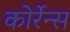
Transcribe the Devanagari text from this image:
कोर्रेन्स